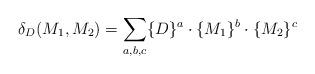
LaTeX: \begin{align*}\delta_D(M_1,M_2) = \sum_{a,b,c} \{D\}^a \cdot \{M_1\}^b \cdot \{M_2\}^c\end{align*}